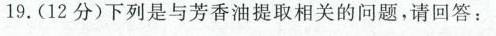
19.(12分)下列是与芳香油提取相关的问题，请回答：